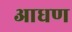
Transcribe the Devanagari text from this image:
आधण